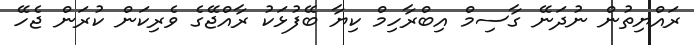
ރައްޔިތުން ނުދަނޭ ގާސިމް އިބްރާހިމް ކިޔާ ބޭފުޅަކު ރާއްޖޭގެ ވެރިކަން ކުރަން ޖެހޭ